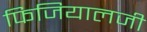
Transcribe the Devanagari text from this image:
फिजियालजी